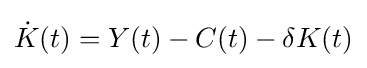
{\dot {K}}(t)=Y(t)-C(t)-\delta K(t)